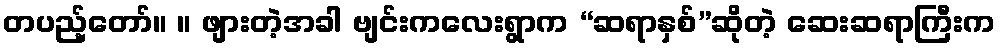
တပည့်တော်။ ။ ဖျားတဲ့အခါ ဗျင်းကလေးရွာက “ဆရာနှစ်”ဆိုတဲ့ ဆေးဆရာကြီးက